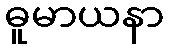
ဓူမာယနာ